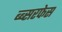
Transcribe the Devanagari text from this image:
ब्ब्सरफेस